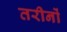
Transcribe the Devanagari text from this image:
तरीनों